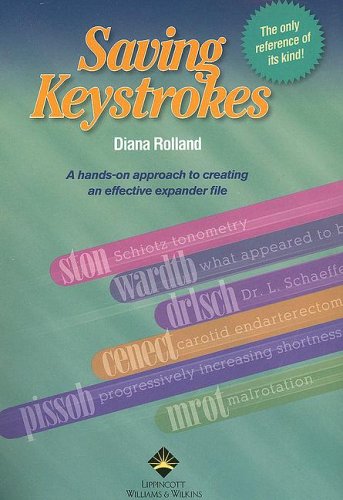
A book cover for Saving Keystrokes; Diana Rolland CMT; Business & Money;